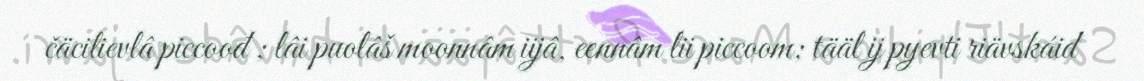
čäcilievlâ piccoođ ; lâi puolâš moonnâm iijâ, eennâm lii piccoom; tääl ij pyevti riävskáid